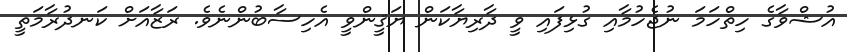
އުޝްވާގެ ހިތްހަމަ ނުޖެހުމާއި ގުޅިފައި ވީ ދާރިޔާކަން ޔަޤީންވީ އެހިސާބުންނެވެ. ރަޒާއަށް ކަނދުރާމަތީ